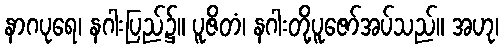
နာဂပုရေ၊ နဂါးပြည်၌။ ပူဇိတံ၊ နဂါးတို့ပူဇော်အပ်သည်။ အဟု၊